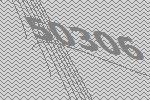
50306